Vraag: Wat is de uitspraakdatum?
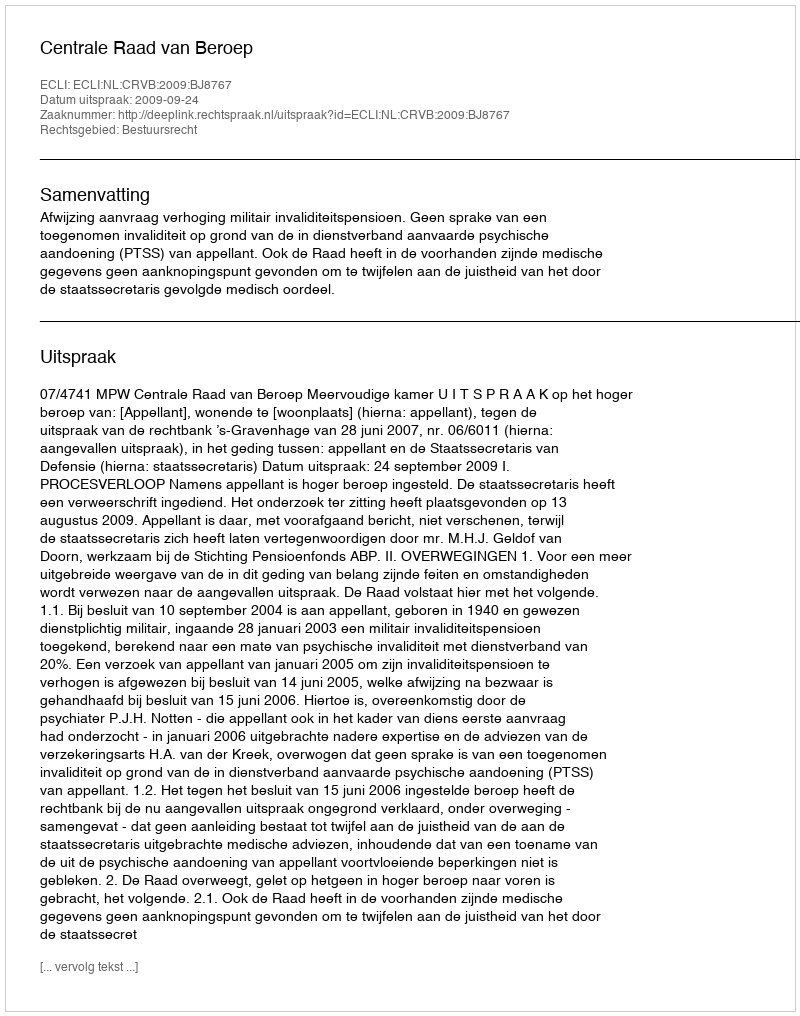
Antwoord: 2009-09-24